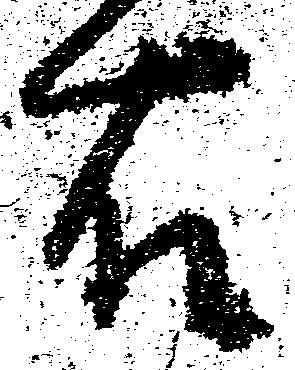
右